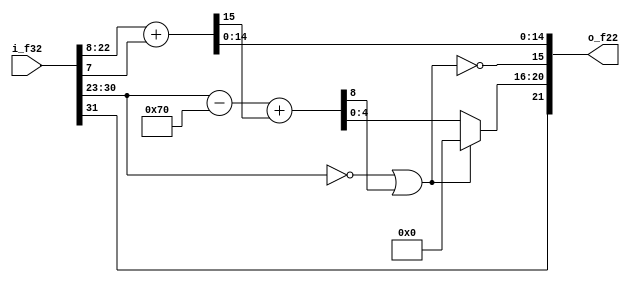
module fm_3d_fcnv (
  i_f32,
  o_f22
);

////////////////////////////
// I/O definition
////////////////////////////
    input  [31:0] i_f32;
    output [21:0] o_f22;

////////////////////////////
// assign
////////////////////////////
    assign o_f22 = f_f32_to_f22(i_f32);
////////////////////////////
// function
////////////////////////////
    function [21:0] f_f32_to_f22;
        input [31:0] f32;
        reg s;
        reg [7:0]  e8;
        reg [8:0]  e8d;  // width sign bit
        reg [4:0]  e5;
        reg [23:0] m23;
        reg [14:0] m15;
        reg        carry;
        reg        zf;
        begin
            s = f32[31];
            e8 = f32[30:23];
            zf = (e8 == 8'h00);
            m23 = f32[22:0];
            {carry,m15} = m23[22:8] + m23[7];
            e8d = e8 - 112 + carry;  // -127+15 + carry
            if (zf|e8d[8]) begin
                e5 = 5'h0;
            end else begin
                e5 = e8d[4:0];
            end
            f_f32_to_f22 = {s,e5,!(zf|e8d[8]),m15};
        end
    endfunction

endmodule